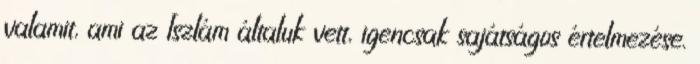
valamit, ami az Iszlám általuk vett, igencsak sajátságos értelmezése.